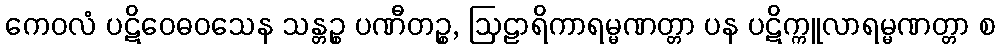
ကေဝလံ ပဋိဝေဓဝသေန သန္တဉ္စ ပဏီတဉ္စ, ဩဠာရိကာရမ္မဏတ္တာ ပန ပဋိက္ကူလာရမ္မဏတ္တာ စ